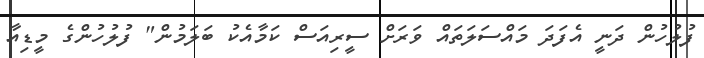
ފުލުހުން ދަނީ އެފަދަ މައްސަލަތައް ވަރަށް ސީރިއަސް ކަމާއެކު ބަލަމުން" ފުލުހުންގެ މީޑިއާ